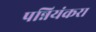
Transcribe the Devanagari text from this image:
पन्नियंकरा